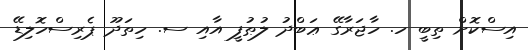
އިސްކޮށް ތިބީ ހ. ހާޖަރާގޭ ޢަބްދު ލުޠުފީ އާއި ސ. ހިތަދޫ ޕެރިސްހޮލިޑޭ